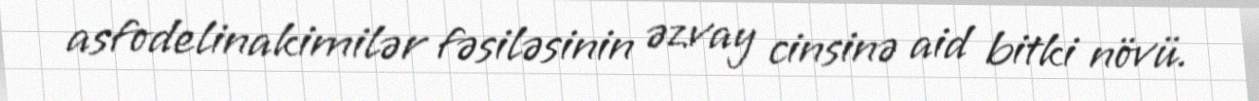
asfodelinakimilər fəsiləsinin əzvay cinsinə aid bitki növü.